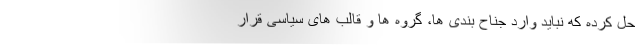
حل کرده که نباید وارد جناح بندی ها، گروه ها و قالب های سیاسی قرار